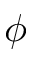
\phi